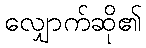
လျှောက်ဆို၏